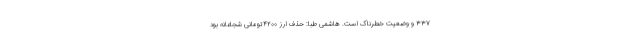
۳۳۷ و وضعیت خطرناک است. هاشمی طبا: حذف ارز ۴۲۰۰تومانی شجاعانه بود